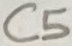
Text: C5